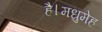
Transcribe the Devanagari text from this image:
है।मधुमेह